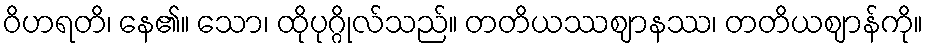
ဝိဟရတိ၊ နေ၏။ သော၊ ထိုပုဂ္ဂိုလ်သည်။ တတိယဿဈာနဿ၊ တတိယဈာန်ကို။